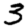
Digit: 3